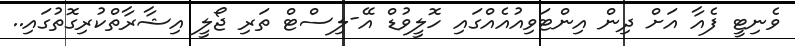
ވެނިޓީ ފެއާ އަށް ދިން އިންޓަވިއުއެއްގައި ހޮލީވުޑް އޭ-ލިސްޓް ތަރި ޖޯލީ އިޝާރާތްކުރިގޮތުގައި..